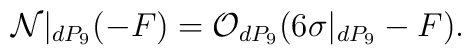
{\cal N}|_{dP_9}(-F) ={\cal O}_{dP_9} (6\sigma|_{dP_9}-F).